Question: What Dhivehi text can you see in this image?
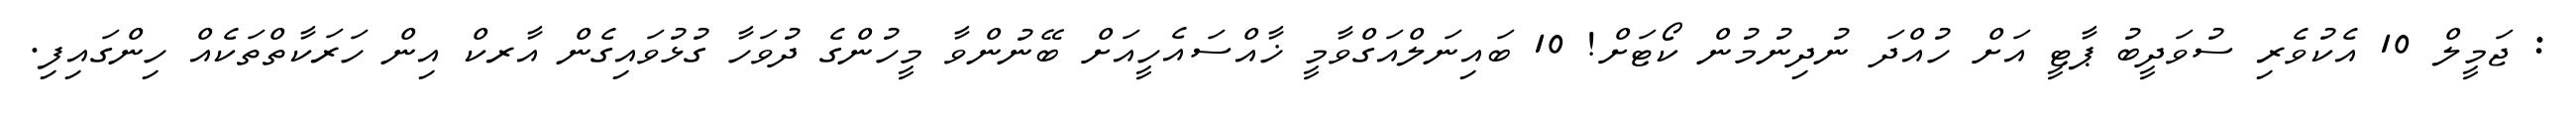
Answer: : ޖަމީލް 10 އެކުވެރި ސުވަދީބު ޕާޓީ އަށް ހުއްދަ ނުދިނުމުން ކޯޓަށް! 10 ބައިނަލްއަގްވާމީ ޚާއްސައެހީއަށް ބޭނުންވާ މީހުންގެ ދުވަހާ ގުޅުވައިގެން އާރކް އިން ހަރަކާތްތަކެއް ހިންގައިފި.